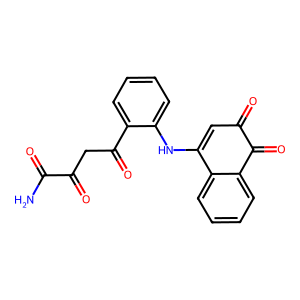
SMILES: NC(=O)C(=O)CC(=O)c1ccccc1NC1=CC(=O)C(=O)c2ccccc21
Inhibits HIV replication: No